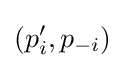
(p_{i}',p_{-i})